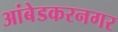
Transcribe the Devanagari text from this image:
आंबेडकरनगर